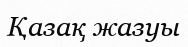
Қазақ жазуы